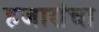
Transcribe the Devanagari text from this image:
हजारांचा